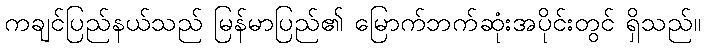
ကချင်ပြည်နယ်သည် မြန်မာပြည်၏ မြောက်ဘက်ဆုံးအပိုင်းတွင် ရှိသည်။